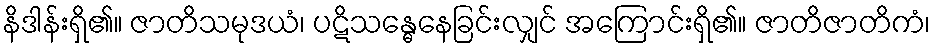
နိဒါန်းရှိ၏။ ဇာတိသမုဒယံ၊ ပဋိသန္ဓေနေခြင်းလျှင် အကြောင်းရှိ၏။ ဇာတိဇာတိကံ၊